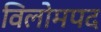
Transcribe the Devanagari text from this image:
विलोमपद